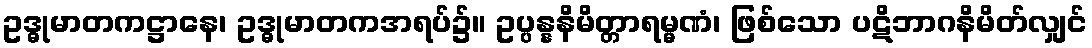
ဥဒ္ဓုမာတကဋ္ဌာနေ၊ ဥဒ္ဓုမာတကအရပ်၌။ ဥပ္ပန္နနိမိတ္တာရမ္မဏံ၊ ဖြစ်သော ပဋိဘာဂနိမိတ်လျှင်